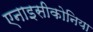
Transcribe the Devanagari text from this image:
एनाइसीकोनिया